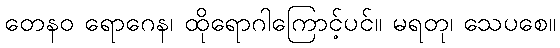
တေနဝ ရောဂေန၊ ထိုရောဂါကြောင့်ပင်။ မရတု၊ သေပစေ။